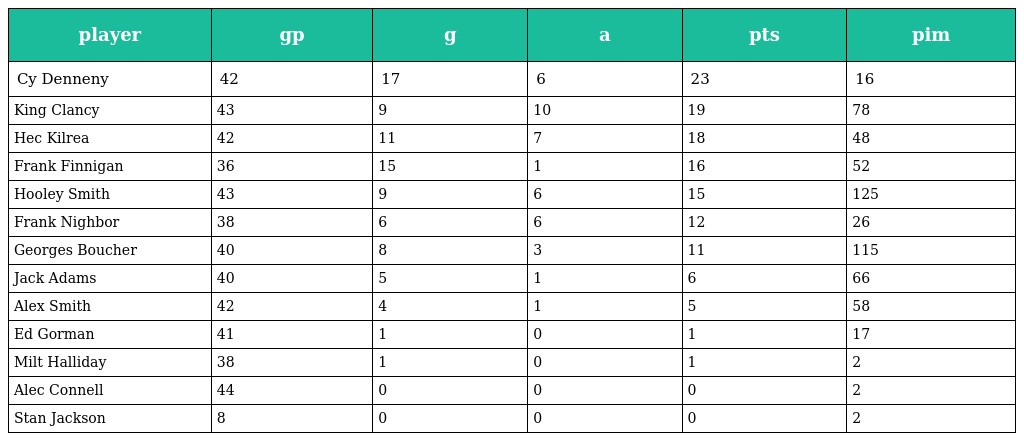
| player | gp | g | a | pts | pim |
 | --- | --- | --- | --- | --- | --- |
 | Cy Denneny | 42 | 17 | 6 | 23 | 16 |
 | King Clancy | 43 | 9 | 10 | 19 | 78 |
 | Hec Kilrea | 42 | 11 | 7 | 18 | 48 |
 | Frank Finnigan | 36 | 15 | 1 | 16 | 52 |
 | Hooley Smith | 43 | 9 | 6 | 15 | 125 |
 | Frank Nighbor | 38 | 6 | 6 | 12 | 26 |
 | Georges Boucher | 40 | 8 | 3 | 11 | 115 |
 | Jack Adams | 40 | 5 | 1 | 6 | 66 |
 | Alex Smith | 42 | 4 | 1 | 5 | 58 |
 | Ed Gorman | 41 | 1 | 0 | 1 | 17 |
 | Milt Halliday | 38 | 1 | 0 | 1 | 2 |
 | Alec Connell | 44 | 0 | 0 | 0 | 2 |
 | Stan Jackson | 8 | 0 | 0 | 0 | 2 |